Code of medical and sanitary regulations for the guidance of medical officers serving in the Madras Presidency - Volume II
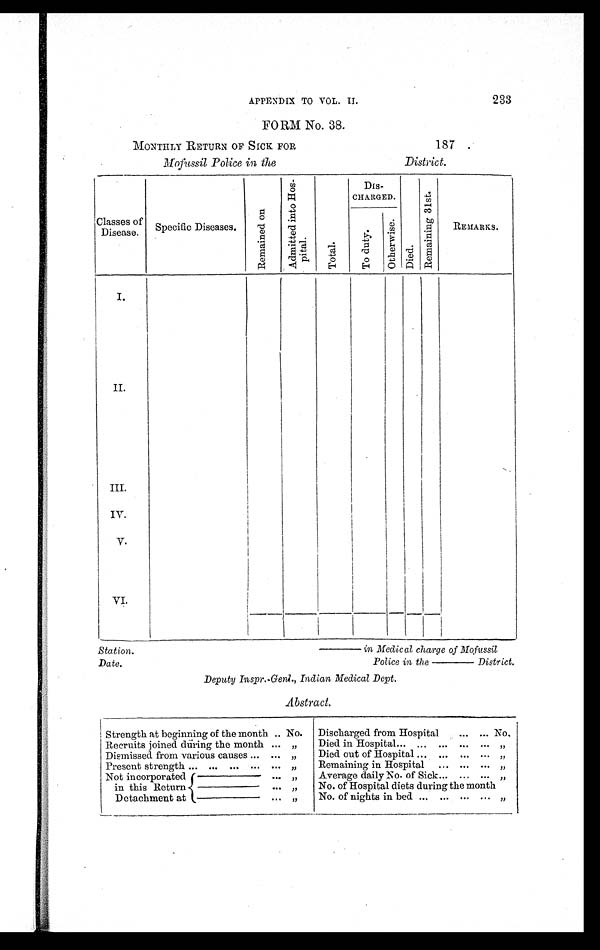
Station.
Date.
________ in Medical charge of Mofussil
Police in the ________ District.
APPENDIX TO VOL. II. 233
FORM No. 38.
MONTHLY RETURN OF SICK FOR 187 .
Mofussil Police in the District.
Classes of
Disease. Specific Diseases.
R e ma i n e d o n
A d m i t t e d i n t o H o s - p i t a l .
Total.
DIS-
CHARGED.
Di ed.
R e m a i n i n g 3 1 s t .
REMARKS.
To dut y.
Ot h e r wi s e .
I.
II.
III.
IV.
V.
VI.
Deputy Inspr.-Genl., Indian Medical Dept.
Abstract.
Strength at beginning of the month .. No. Discharged from Hospital
... ... No.
Recruits joined during the month ... „
Died in Hospital ... . . . ... ... ... „
Dismissed from various causes ... ... „
Died out of Hospital ... ... ... ... „
Present strength ... ... ... ... ... „
Remaining in Hospital ... ... ... „
Not incorporated
in this Return
Detachment at
____________ . . . „
Average daily No. of Sick . . . ... ... „
____________ . . . „
No. of Hospital diets during the month
_____________ . . . „
No. of nights in bed ... ... ... ... „